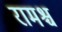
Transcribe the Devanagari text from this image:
रामश्च